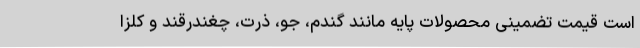
است قیمت تضمینی محصولات پایه مانند گندم، جو، ذرت، چغندرقند و کلزا